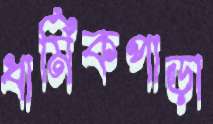
ধার্মিকপাড়া